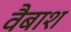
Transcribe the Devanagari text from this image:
वैबाश